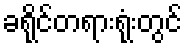
ခရိုင်တရားရုံးတွင်